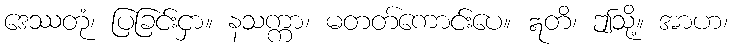
ဒေဿတုံ၊ ပြခြင်းငှာ။ နသက္ကာ၊ မတတ်ကောင်းပေ။ ဣတိ၊ ဤသို့။ အာဟ၊